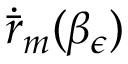
\dot { \bar { r } } _ { m } ( \beta _ { \epsilon } )